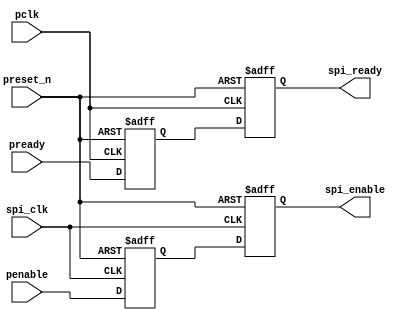
module handshake_syn 
(
pclk,
spi_clk,
preset_n,
penable,
pready,
spi_enable,
spi_ready
);

input pclk;
input spi_clk;
input preset_n;
input penable;
input pready;
output spi_enable;
output spi_ready;

reg spi_ready_r ;
reg spi_enable_r ;  
reg penable_1 ;
reg pready_1  ;
  
  assign spi_enable =  spi_enable_r ;
  assign spi_ready  =  spi_ready_r  ;

// Enable Double Synchronizer 
always @ (posedge spi_clk or negedge preset_n )
   begin 
     if (!preset_n) 
	   begin
	     penable_1  <= 1'b0 ;
		 spi_enable_r <= 1'b0 ;
	   end
	 else
	   begin
	     penable_1  <= penable ;
		 spi_enable_r <= penable_1;
	   end
   
   end 
//  ACK Double Synchronizer 
always @ (posedge pclk or negedge preset_n )
   begin 
     if (!preset_n) 
	   begin
	     pready_1   <= 1'b0 ;
		 spi_ready_r  <= 1'b0 ;
	   end
	 else
	   begin
	     pready_1  <= pready ;
		 spi_ready_r <= pready_1;
	   end
   
   end 

endmodule